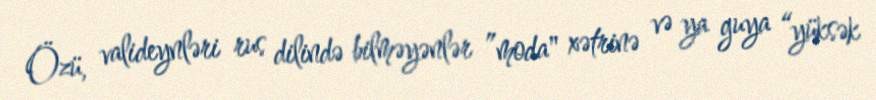
Özü, valideynləri rus dilində bilməyənlər ”moda" xətrinə və ya guya “yüksək